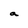
Character: a